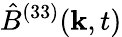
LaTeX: \hat{B}^{(33)}(\mathbf{k},t)